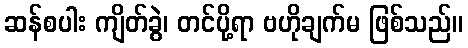
ဆန်စပါး ကျိတ်ခွဲ၊ တင်ပို့ရာ ဗဟိုချက်မ ဖြစ်သည်။